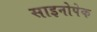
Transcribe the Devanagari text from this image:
साइनोपेक